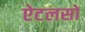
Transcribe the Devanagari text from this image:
ऐटलसों